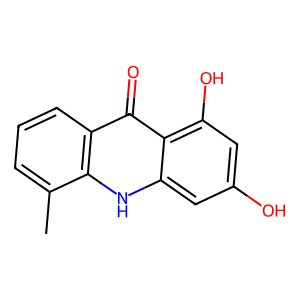
SMILES: Cc1cccc2c(=O)c3c(O)cc(O)cc3[nH]c12
Inhibits HIV replication: No